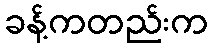
ခန့်ကတည်းက